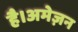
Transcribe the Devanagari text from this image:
है।अमेज़न